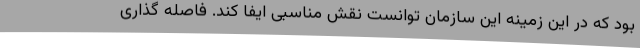
بود که در این زمینه این سازمان توانست نقش مناسبی ایفا کند. فاصله گذاری